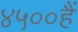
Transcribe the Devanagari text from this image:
४५००हैं